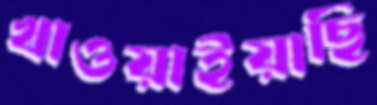
খাওয়াইয়াছি